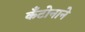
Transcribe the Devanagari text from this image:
कँटोनाने